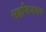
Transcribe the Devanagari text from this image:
सहनियमन